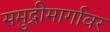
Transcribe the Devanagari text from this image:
समुद्रीमार्गावर